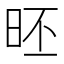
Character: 𣆏